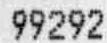
99292